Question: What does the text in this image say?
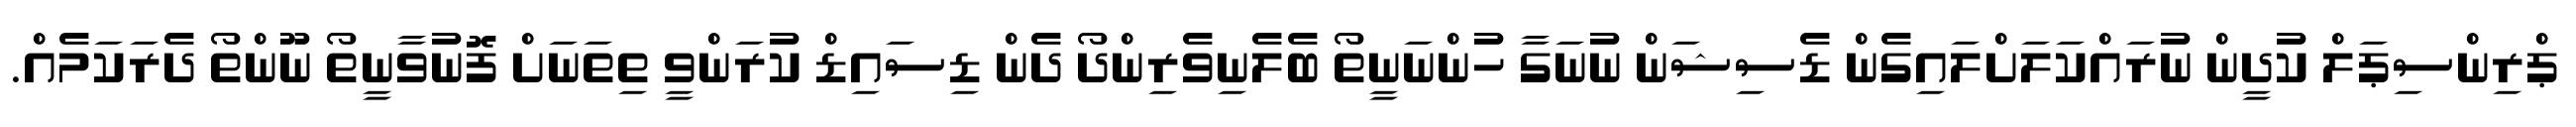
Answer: ޕްރިންސިޕަލް ކުދީން ނުރައްކަލަށްލައިގެން ޑެސިޝަން ނުނަގާ ހުންނަނީތޯ ބެލެނިވެރިންދޯ ދެން ޑިސައިޑް ކުރަންވީ ތިތަނަށް ފޮނުވާނީތޯ ނޫންތޯ ދެރަކަމެއް.